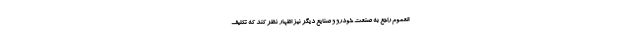
العموم راجع به صنعت خودرو و صنایع دیگر نیز اظهار نظر کند که تکلیف